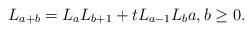
LaTeX: \begin{align*}L_{ a+b } = L_a L_{ b+1} + t L_{a-1} L_{ b} a,b\geq 0.\end{align*}